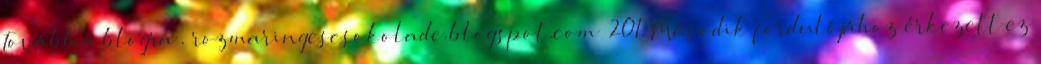
Tovább a blogra . rozmaringescsokolade.blogspot.com 201. Második fordulójához érkezett ez